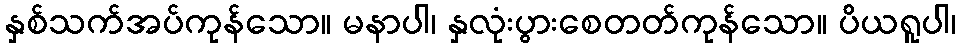
နှစ်သက်အပ်ကုန်သော။ မနာပါ၊ နှလုံးပွားစေတတ်ကုန်သော။ ပိယရူပါ၊